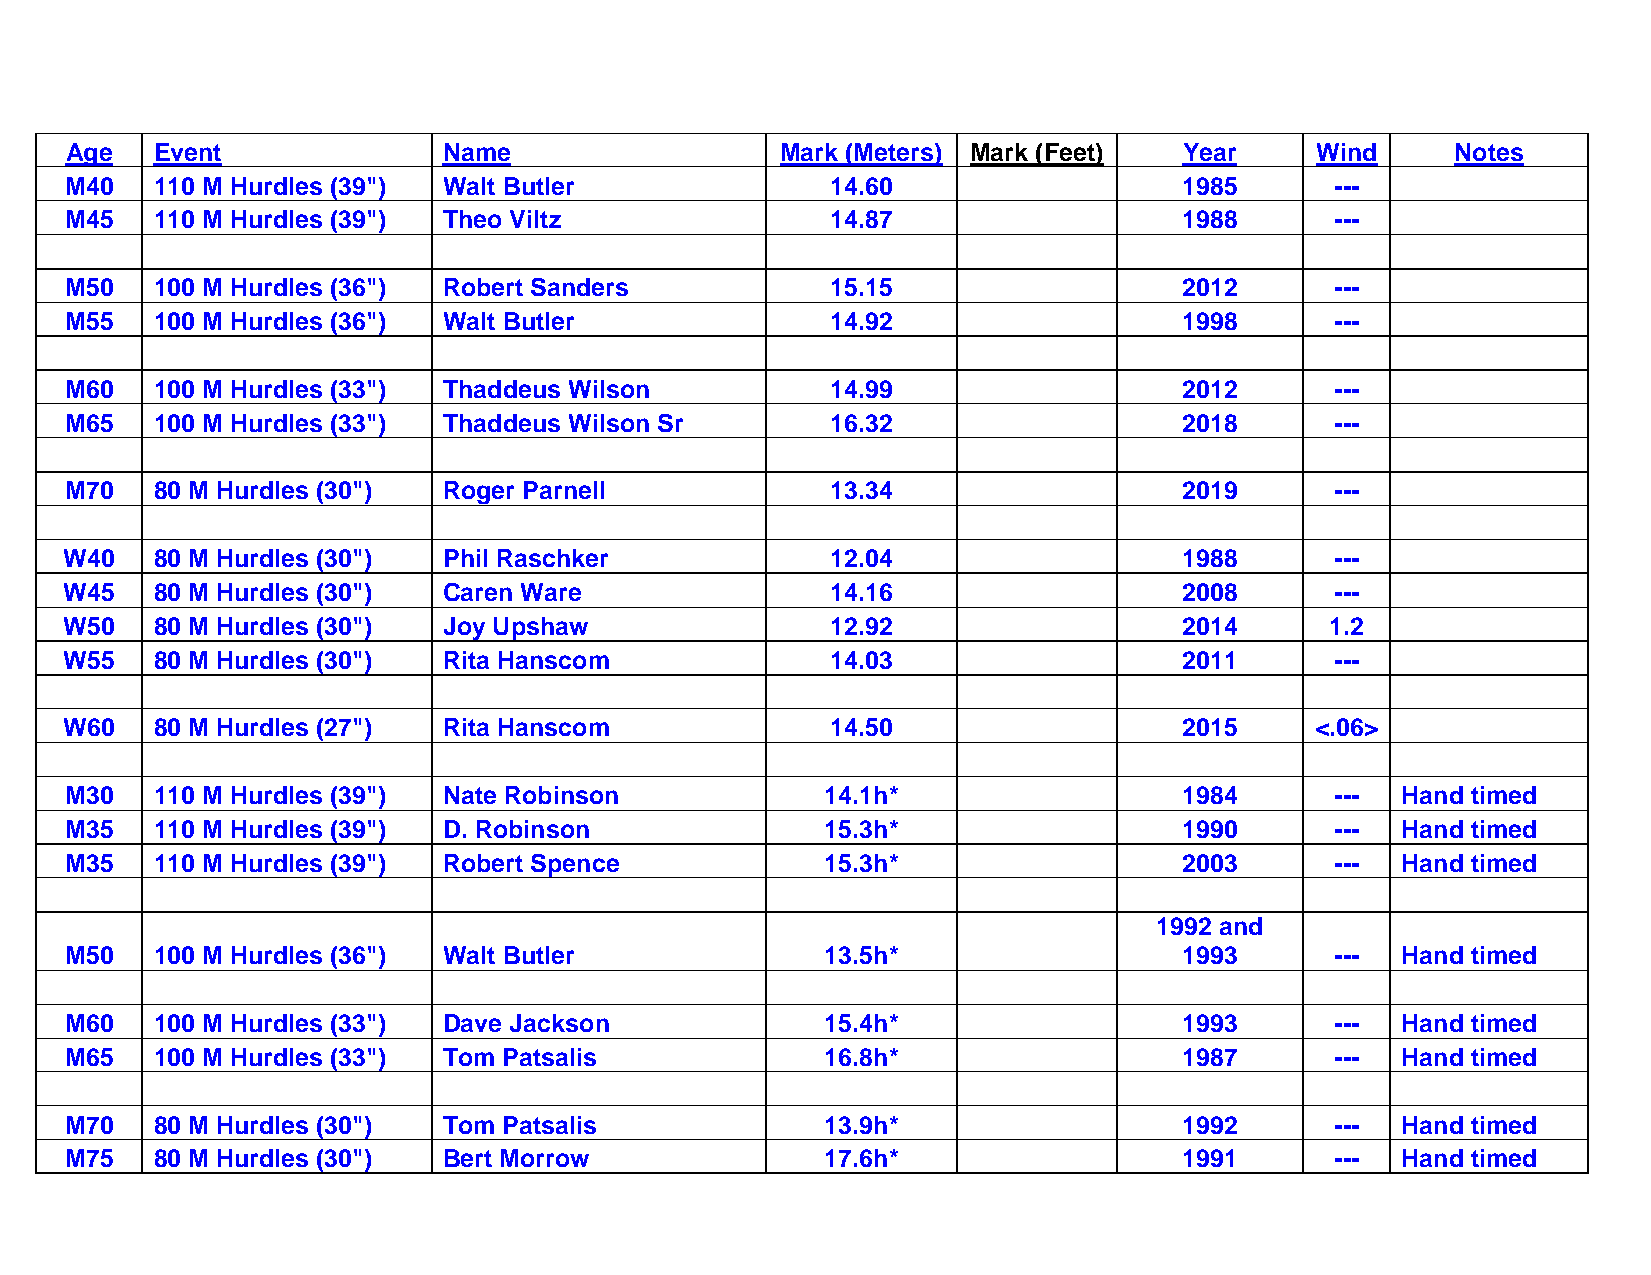
Age   Event              Name                   Mark (Meters) Mark (Feet) Year     Wind     Notes
 M40   110 M Hurdles (39") Walt Butler              14.60                  1985      ---
 M45   110 M Hurdles (39") Theo Viltz               14.87                  1988      ---
 M50   100 M Hurdles (36") Robert Sanders           15.15                  2012      ---
 M55   100 M Hurdles (36") Walt Butler              14.92                  1998      ---
 M60   100 M Hurdles (33") Thaddeus Wilson          14.99                  2012      ---
 M65   100 M Hurdles (33") Thaddeus Wilson Sr       16.32                  2018      ---
 M70   80 M Hurdles (30") Roger Parnell             13.34                  2019      ---
 W40   80 M Hurdles (30") Phil Raschker             12.04                  1988      ---
 W45   80 M Hurdles (30") Caren Ware                14.16                  2008      ---
 W50   80 M Hurdles (30") Joy Upshaw                12.92                  2014      1.2
 W55   80 M Hurdles (30") Rita Hanscom              14.03                  2011      ---
 W60   80 M Hurdles (27") Rita Hanscom              14.50                  2015     <.06>
 M3 0  110 M Hurdles (39") Nate Robinson            14.1 h*                19 84     -- - Hand tim ed
 M35   110 M Hurdles (39") D. Robinson              15.3h*                 1990      ---  Hand timed
 M35   110 M Hurdles (39") Robert Spence            15.3h*                 2003      ---  Hand timed
 1992 and
 M50   100 M Hurdles (36") Walt Butler              13.5h*                 1993      ---  Hand timed
 M60   100 M Hurdles (33") Dave Jackson             15.4h*                 1993      ---  Hand timed
 M65   100 M Hurdles (33") Tom Patsalis             16.8h*                 1987      ---  Hand timed
 M70   80 M Hurdles (30") Tom Patsalis              13.9h*                 1992      ---  Hand timed
 M75   80 M Hurdles (30") Bert Morrow               17.6h*                 1991      ---  Hand timed